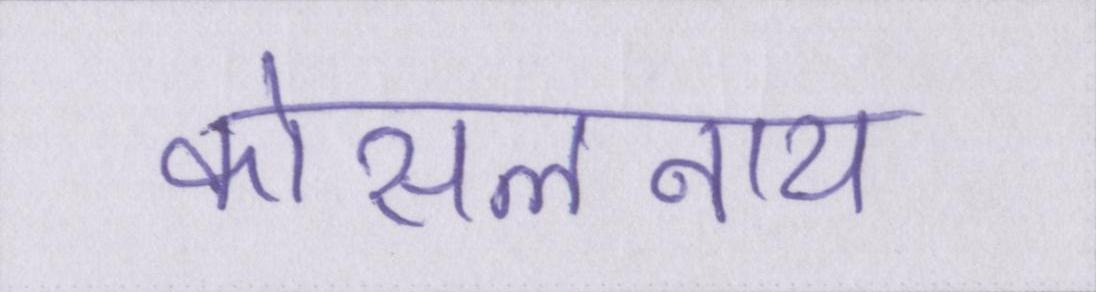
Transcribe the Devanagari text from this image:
कोसलनाथ